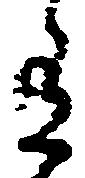
有